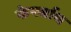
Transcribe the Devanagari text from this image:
फेनर्बाच